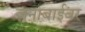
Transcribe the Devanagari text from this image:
जनाबाईंवर